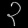
Digit: ၃